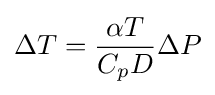
\Delta T={{\alpha T} \over {C_{p}D}}\Delta P